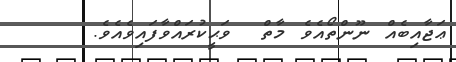
ޢަޖާއިބެއް ނޫންތޯއެވެ މާތް  ވަޙީކުރައްވާފައިވެއެވެ.